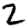
Digit: 2